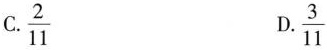
C.\frac{2}{11} D.\frac{3}{11}